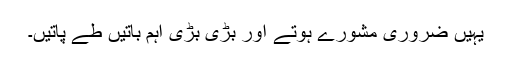
یہیں ضروری مشورے ہوتے اور بڑی بڑی اہم باتیں طے پاتیں۔